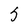
Character: 5